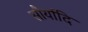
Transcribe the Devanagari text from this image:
सौर्यादि